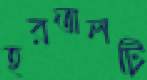
হরতালটি